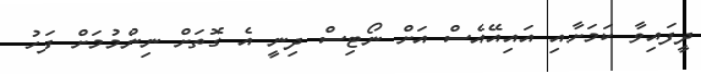
ދީފައިވާ ކަމަށާއި އައިއޭއެސް އަށް ނޯޓިސް ދިނީ އެ ގޮތަށް ނިންމުމަށް ފަހު